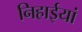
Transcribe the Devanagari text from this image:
निहाईयां